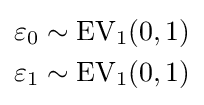
{\begin{aligned}\varepsilon _{0}&\sim \operatorname {EV} _{1}(0,1)\\\varepsilon _{1}&\sim \operatorname {EV} _{1}(0,1)\end{aligned}}